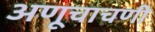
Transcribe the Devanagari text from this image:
अणूचाचणी